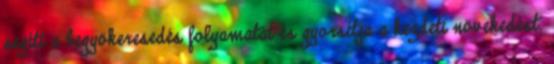
segíti a begyökeresedés folyamatát és gyorsítja a kezdeti növekedést.